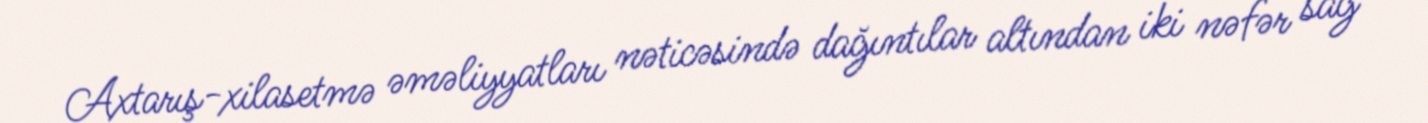
Axtarış-xilasetmə əməliyyatları nəticəsində dağıntılar altından iki nəfər sağ